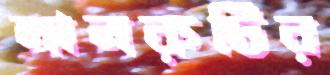
নানরুটির